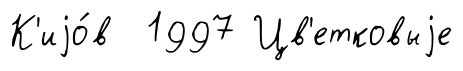
К'иjо́в 1997 Цв'етковыjе